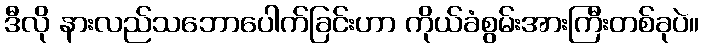
ဒီလို နားလည်သဘောပေါက်ခြင်းဟာ ကိုယ်ခံစွမ်းအားကြီးတစ်ခုပဲ။